Haapsalu_Metskond, lk 15
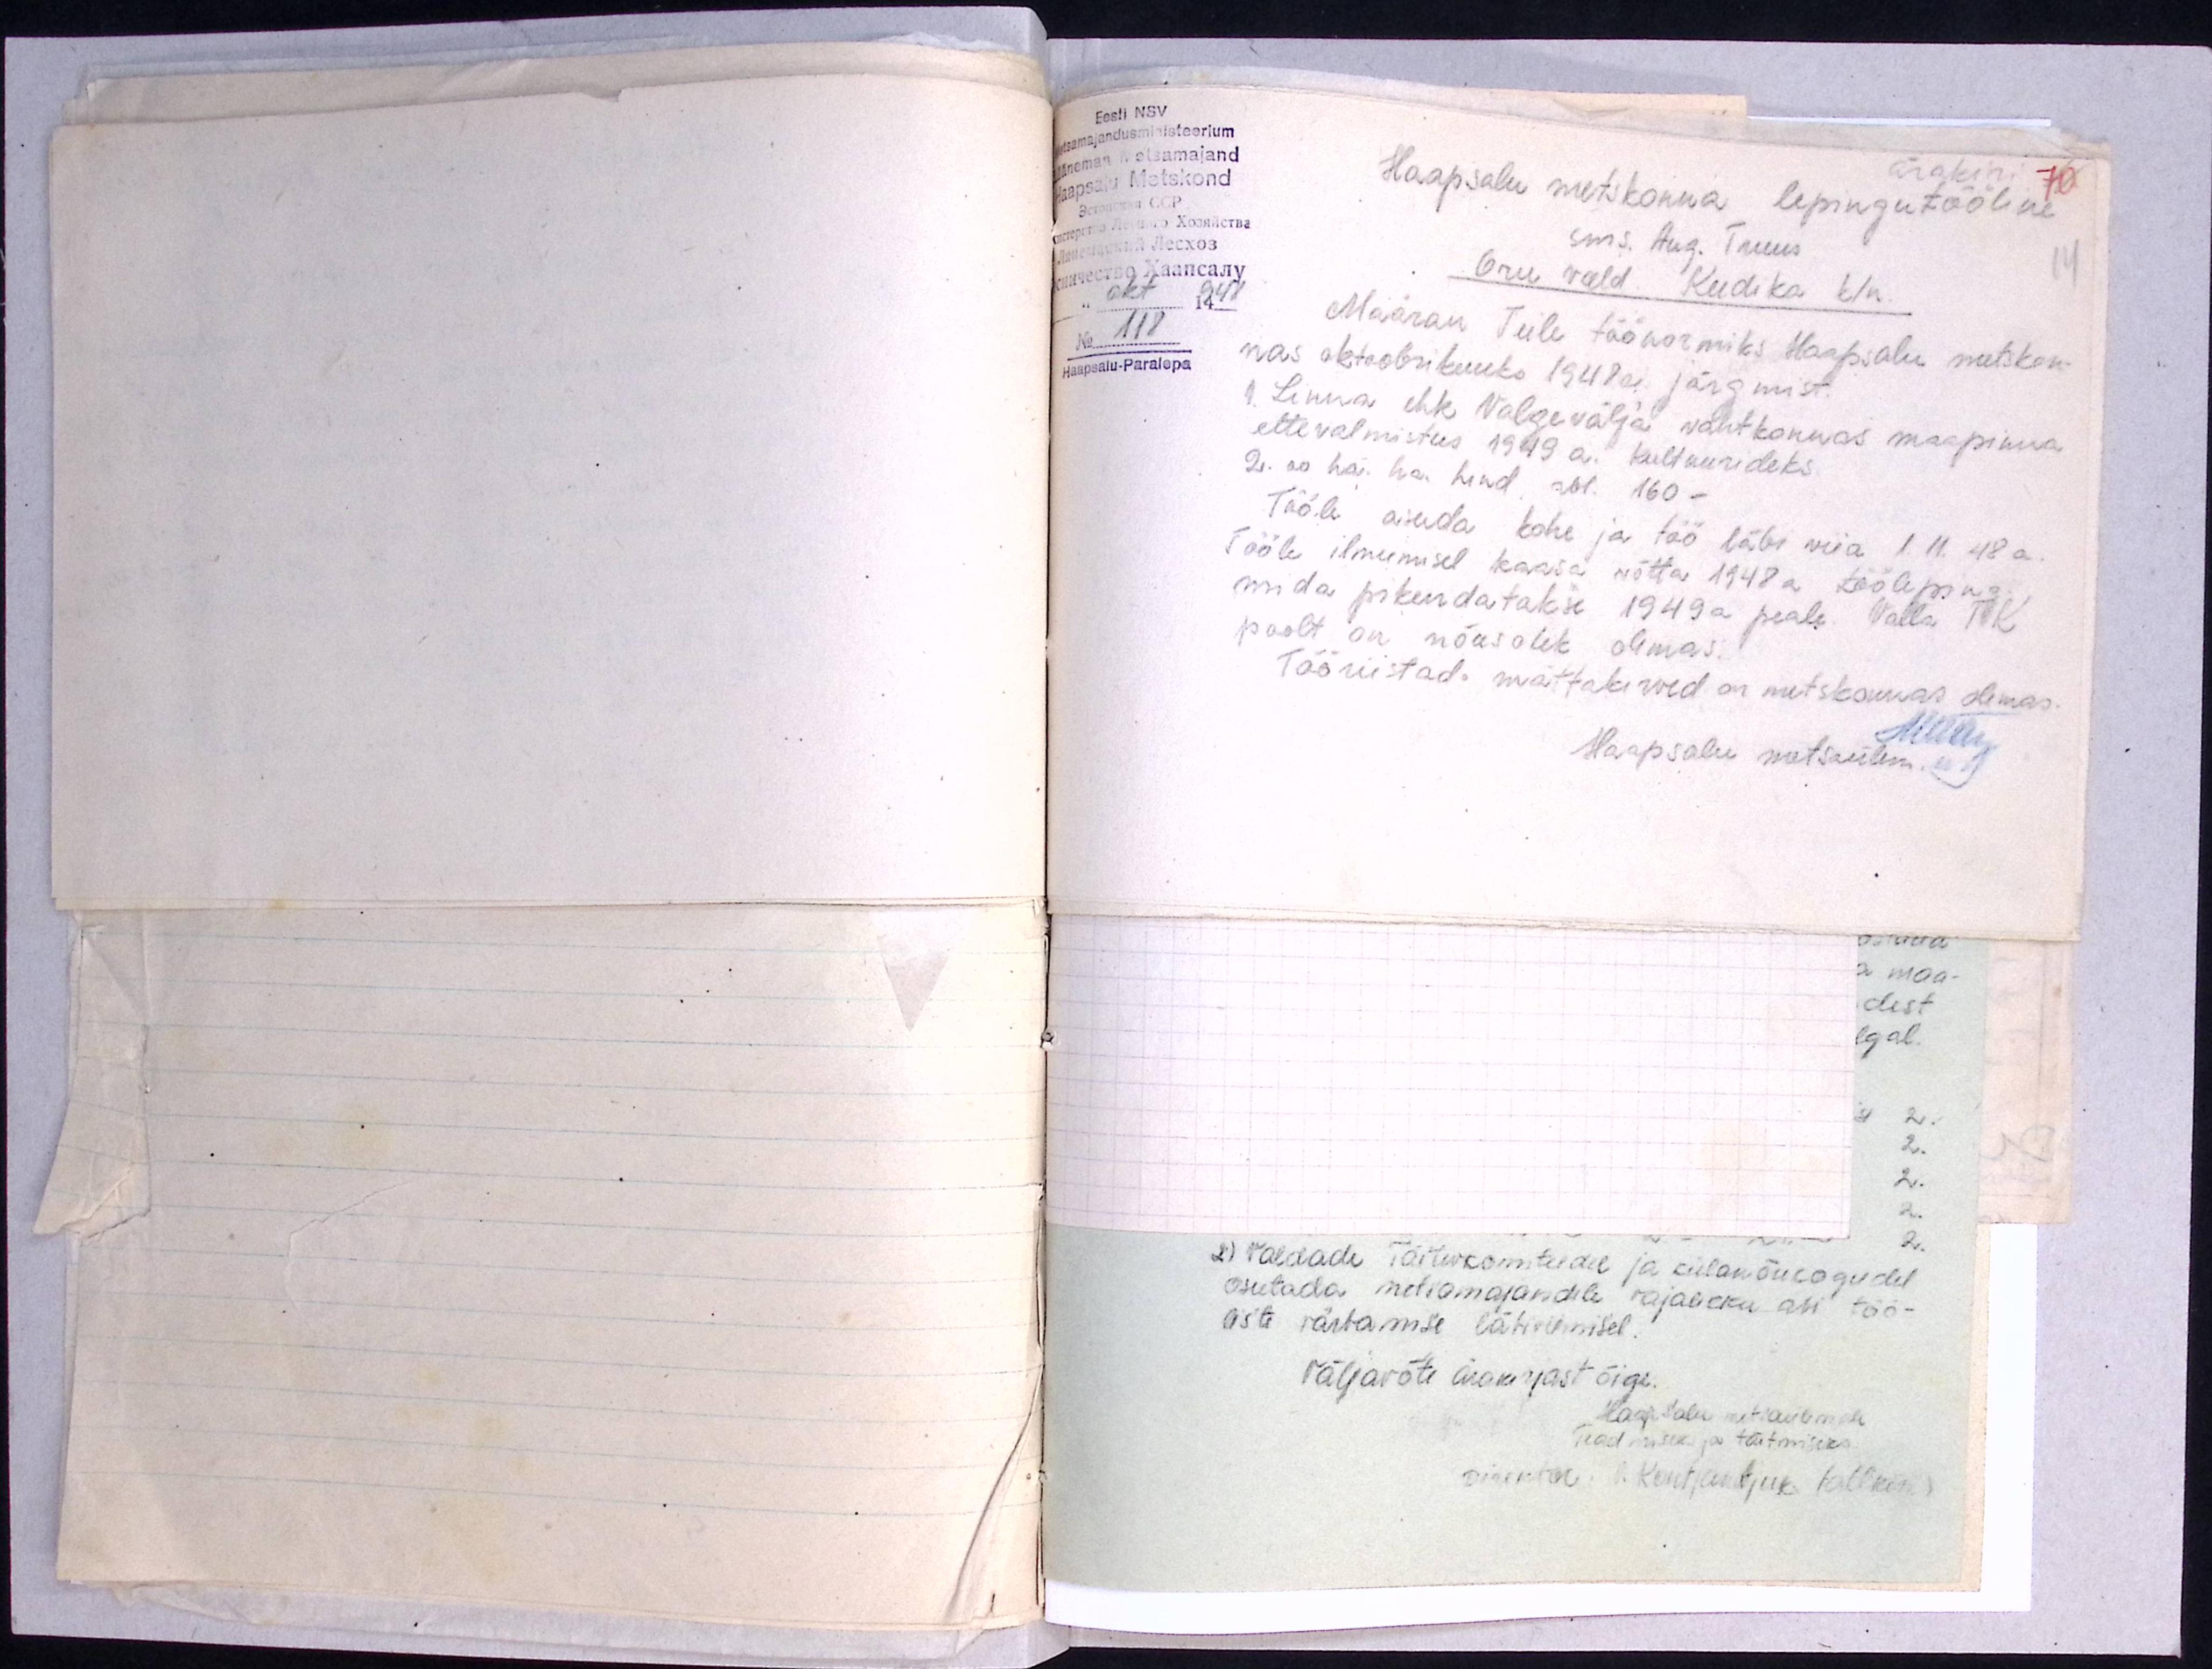
Eesti NSV
Metsamajandusministeerium
Läänemaa Metsamajand
Haapsalu Metskond
Ärakiri
Haapsalu metskonna lepingutööline
sms. Aug. Truus
14
Oru vald. Keedika k/n.
" okt 1948
No 118
Haapsalu-Paralepa
Määran Teile töönormiks Haapsalu metskon-
nas oktoobrikuuks 1948 a. järgmist
1. Linna ehk Valgevälja vahtkonnas maapinna
ettevalmistus 1949 a. kultuurideks
2.00 ha. ha. hind rbl. 160 -
Tööle asuda kohe ja töö läbi viia 1.11. 48 a.
Tööle ilmumisel kaasa võtta 1948 a tööleping
mida pikendatakse 1949 a peale. Valla TK
poolt on nõusolek olemas.
Tööriistad mättakirved on metskonnas olemas.
Haapsalu metsaülem